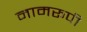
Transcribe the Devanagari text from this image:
नामरूपी